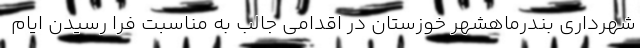
شهرداری بندرماهشهر خوزستان در اقدامی جالب به مناسبت فرا رسیدن ایام